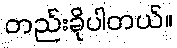
တည်းခိုပါတယ်။